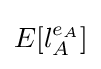
E[l_{A}^{e_{A}}]